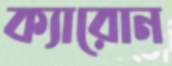
ক্যারোন